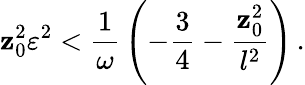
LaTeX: \mathbf{z}_{0}^{2}\varepsilon^{2}<{\frac{{1}}{{\omega}}}\left(-{\frac{{3}}{{4}}}-{\frac{{\mathbf{z}_{0}^{2}}}{{l^{2}}}}\right)\, .